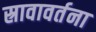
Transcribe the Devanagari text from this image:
स्रावावर्तना